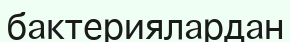
бактериялардан